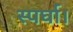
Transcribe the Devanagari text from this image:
स्पर्घा।